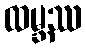
ထမ္ဘဿ